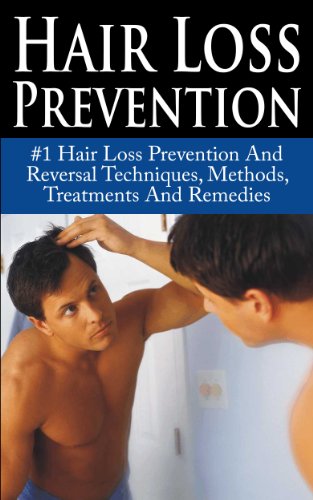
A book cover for Hair Loss Prevention: #1 Hair Loss Prevention And Reversal Techniques, Methods, Treatments And Remedies (Hair Loss, Hair Loss Cure, Hair Loss In Women, ... Protocol, Hair Loss Black book, Baldness); Alicia Taylor; Health, Fitness & Dieting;